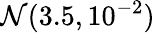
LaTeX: {\cal\mathcal{N}}(3.5,10^{-2})